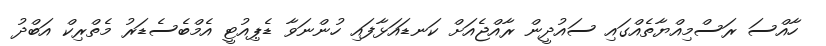
ހާއްސަ ރަސްމިއްޔާތެއްގައި ސައުދީން ރާއްޖެއަށް ކަނޑައަޅާފައި ހުންނަވާ ޑެޕިއުޓީ އެމްބެސެޑަރު މެތްރިކް އަބްދު